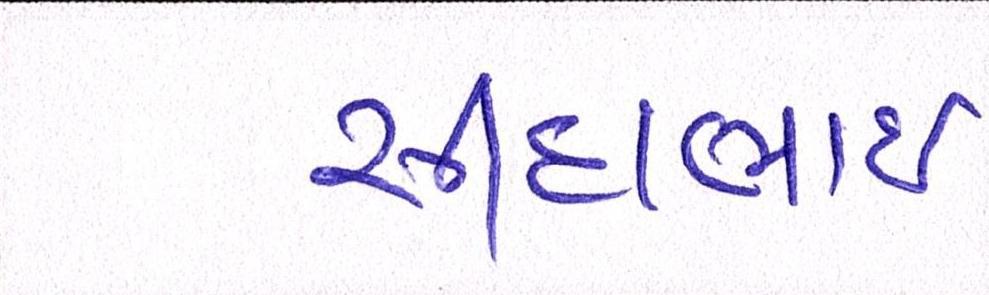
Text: સીદાભાઈ